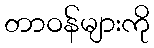
တာဝန်များကို